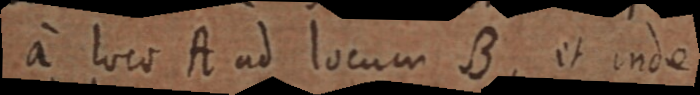
a loco A ad locum B, et inde